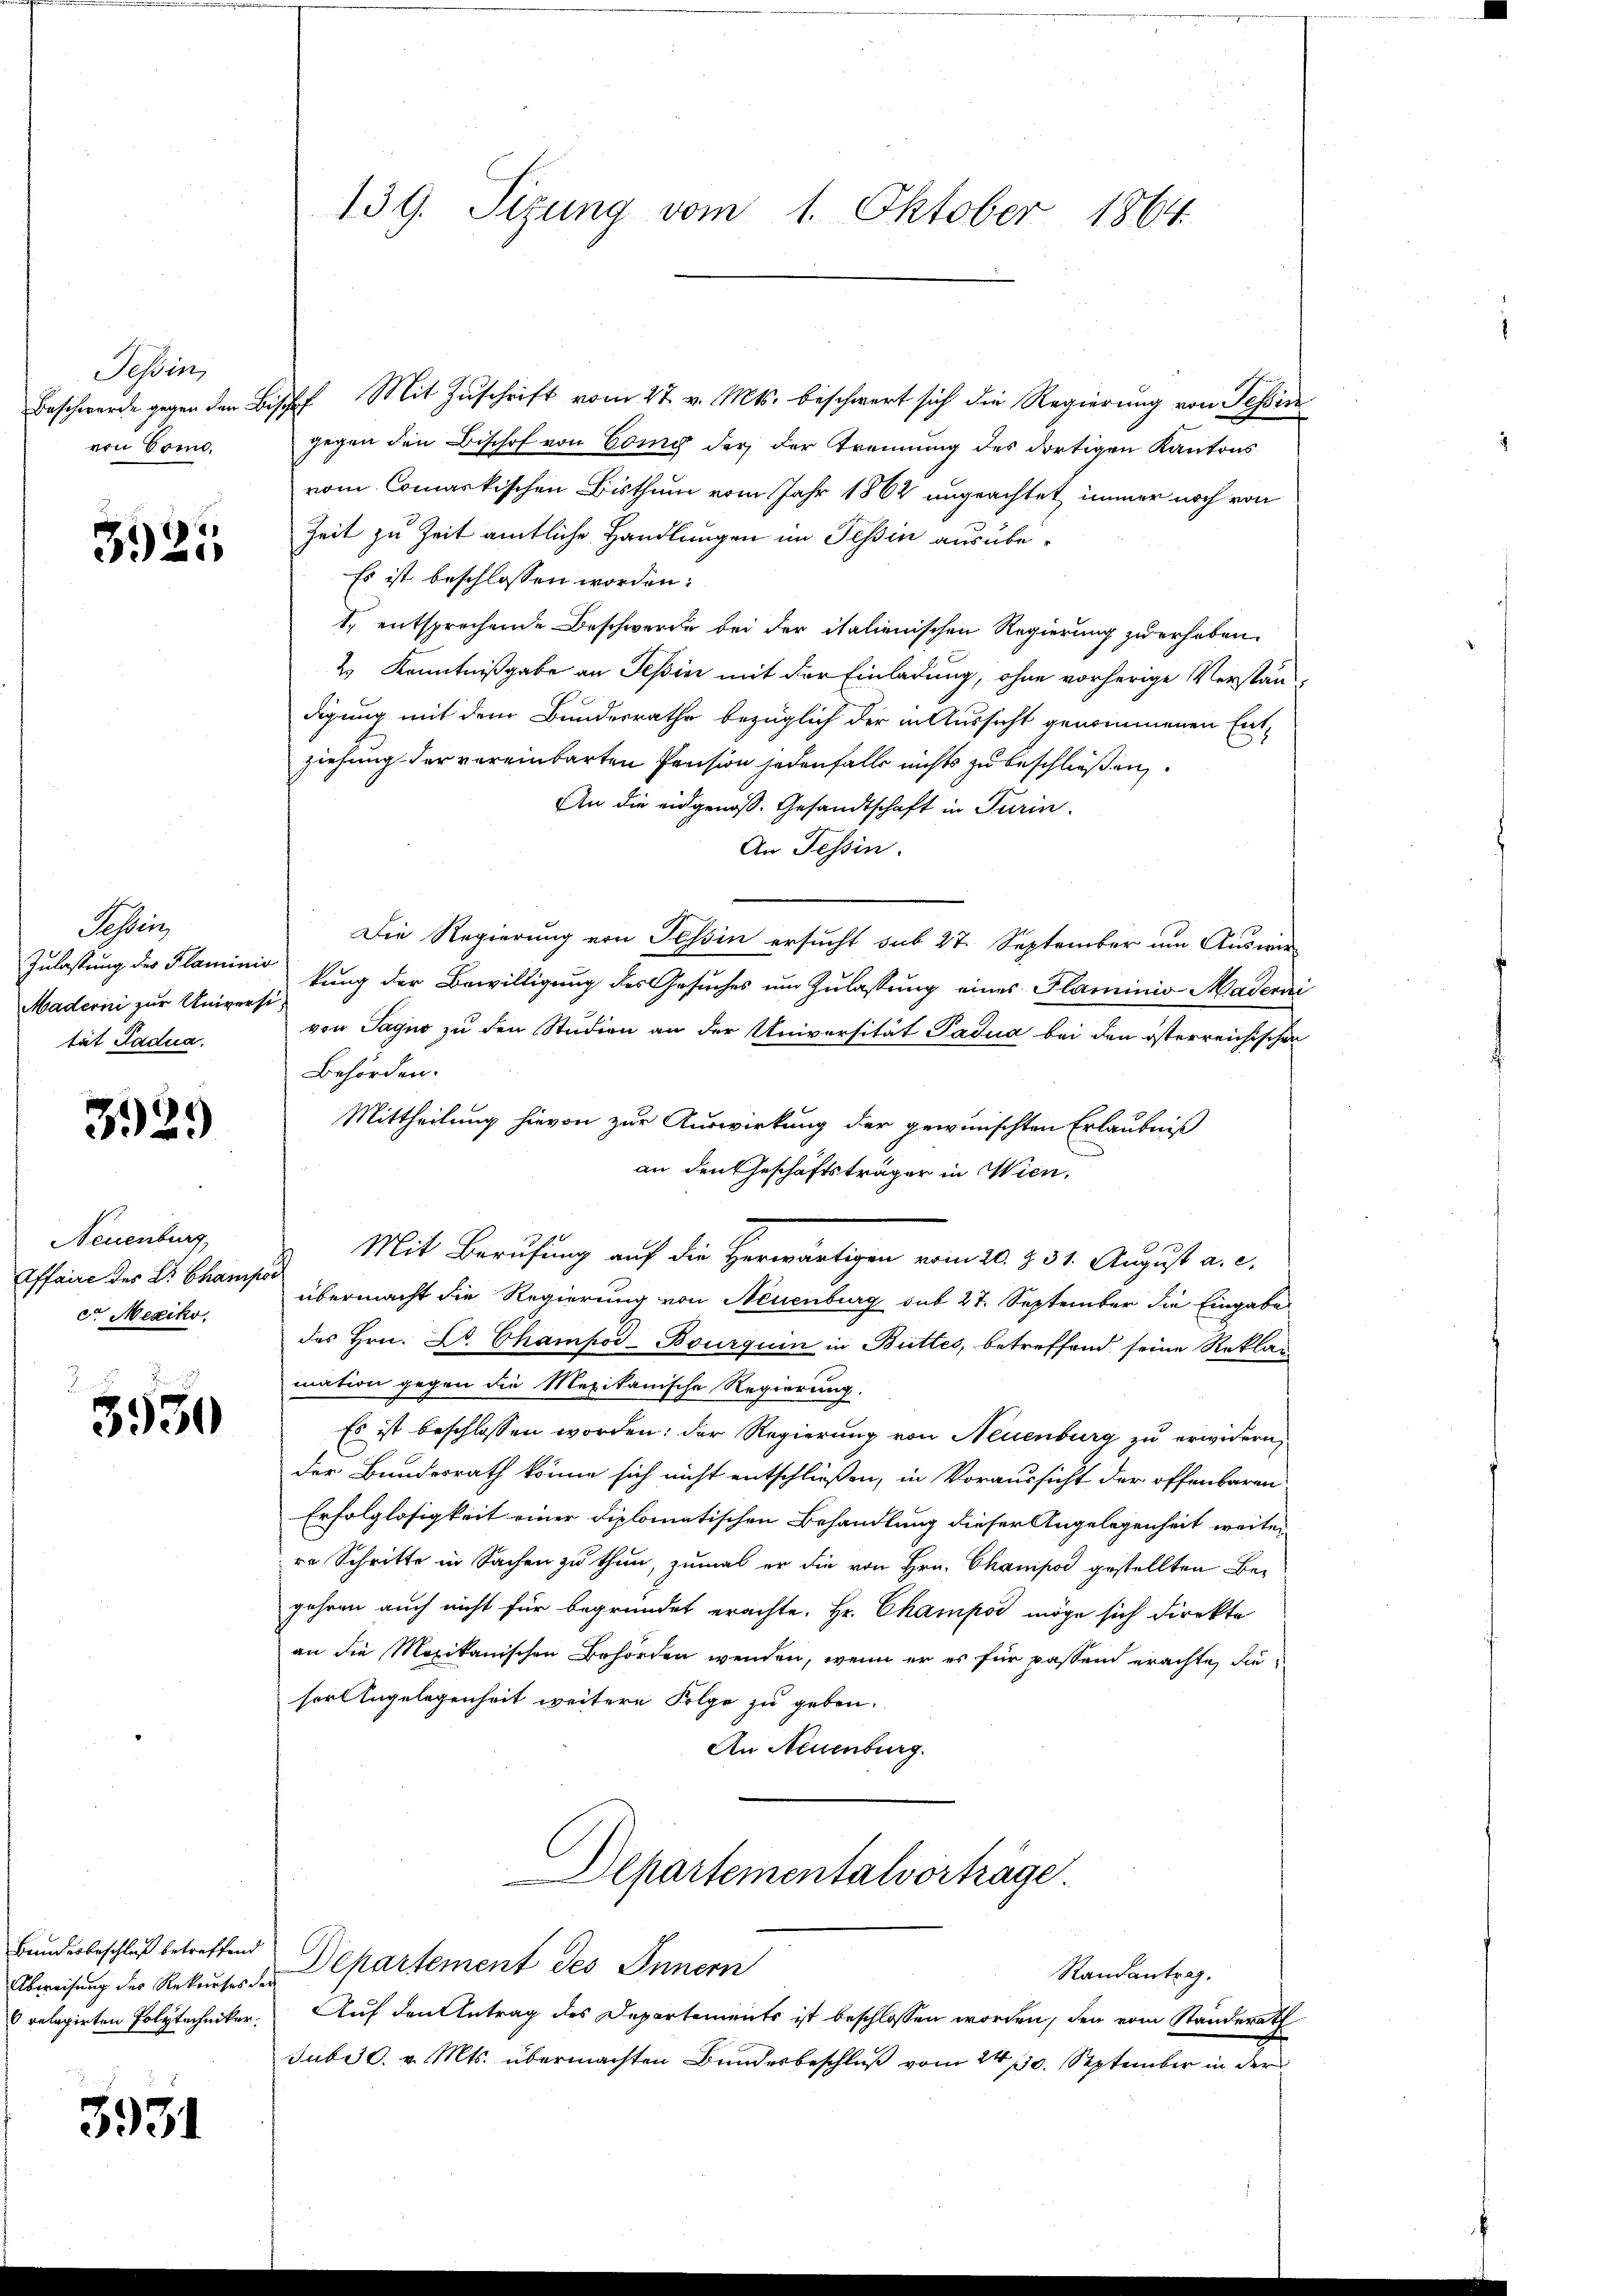
Tessin,
von Como

3925

Fessen
Zulastung des Flaminis
Maderni zur Universität Sadua.

329)

Neuenburg,
Affaire des Dr. Champar
eo Mexiko

2.
3950

Bundesbeschluß betreffend

3931

139. Sizung vom 1. Oktober 1864

Beschwerde gegen den Bischef Mit Zuschrift vom 27. v. Mts. beschwert sich die Regierung von Tessin
gegen den Bischof von Gomy der der Trennung des dortigen Kantons
vom Commarkischen Bisthum vom Jahr 1862 ungeachtet immer noch von
Zeit zu Zeit amtliche Handlungen im Tessin ausübe¬
Es ist beschlossen worden:
1., entsprechende Beschwerde bei der italienischen Regierung zu erheben.
2 Kenntnißgabe an Tessin mit der Einladung, ohne vorherige Verständdigung mit dem Bundesrathe bezüglich der in Aussicht genommenen Ent-
ziehung der vereinbarten Pension jedenfalls nichts zu beschließen.
An die eidgenoß. Gesandtschaft in Turin.
An Tessin.
Die Regierung von Tessin ersucht sub 27. September um Auswir-
kung der Bewilligung des Gesuches um Zulassung eines Plaminio Maderni
von Sagno zu den Studien an der Universität Padua bei den österreichischen
Behörden.
Mittheilung hievon zur Auswirkung der gewünschten Erlaubniß
an den Geschäftsträger in Wien,
Mit Berufung auf die Herwärtigen vom 20. § 31. August a. c.
übermacht die Regierung von Neuenburg sub 27. September die Eingabe
des Hrn. Dr. Champod-Bourquin in Buttes, betreffend seine Reklag
mation gegen die Mexikanische Regierung.
Es ist beschlossen worden: der Regierung von Neuenburg zu erwidern,
der Bundesrath könne sich nicht entschließen, in Voraussicht der offenbaren
Erfolglosigkeit einer diplomatischen Behandlung dieser Angelegenheit weiter
re Schritte in Sachen zu thun, zumal er die von Hrn. Champor gestellten Begehren auch nicht für begründet erachte. Hr. Champod möge sich direkte
an die Mexikanischen Behörden wenden, wenn er es für passen erachte, diesort Engelegenheit weitere Folge zu geben.
An Neuenburg.
Departementalvorträge.
Abweisung des Rekurses der Departement des Innern
Randantrag.
 relagirten Polytechniker. Auf den Antrag des Departements ist beschlossen worden, den vom Standerath
sub 30. v. Mts. übermachten Bundesbeschluß vom 24. 170. September in der